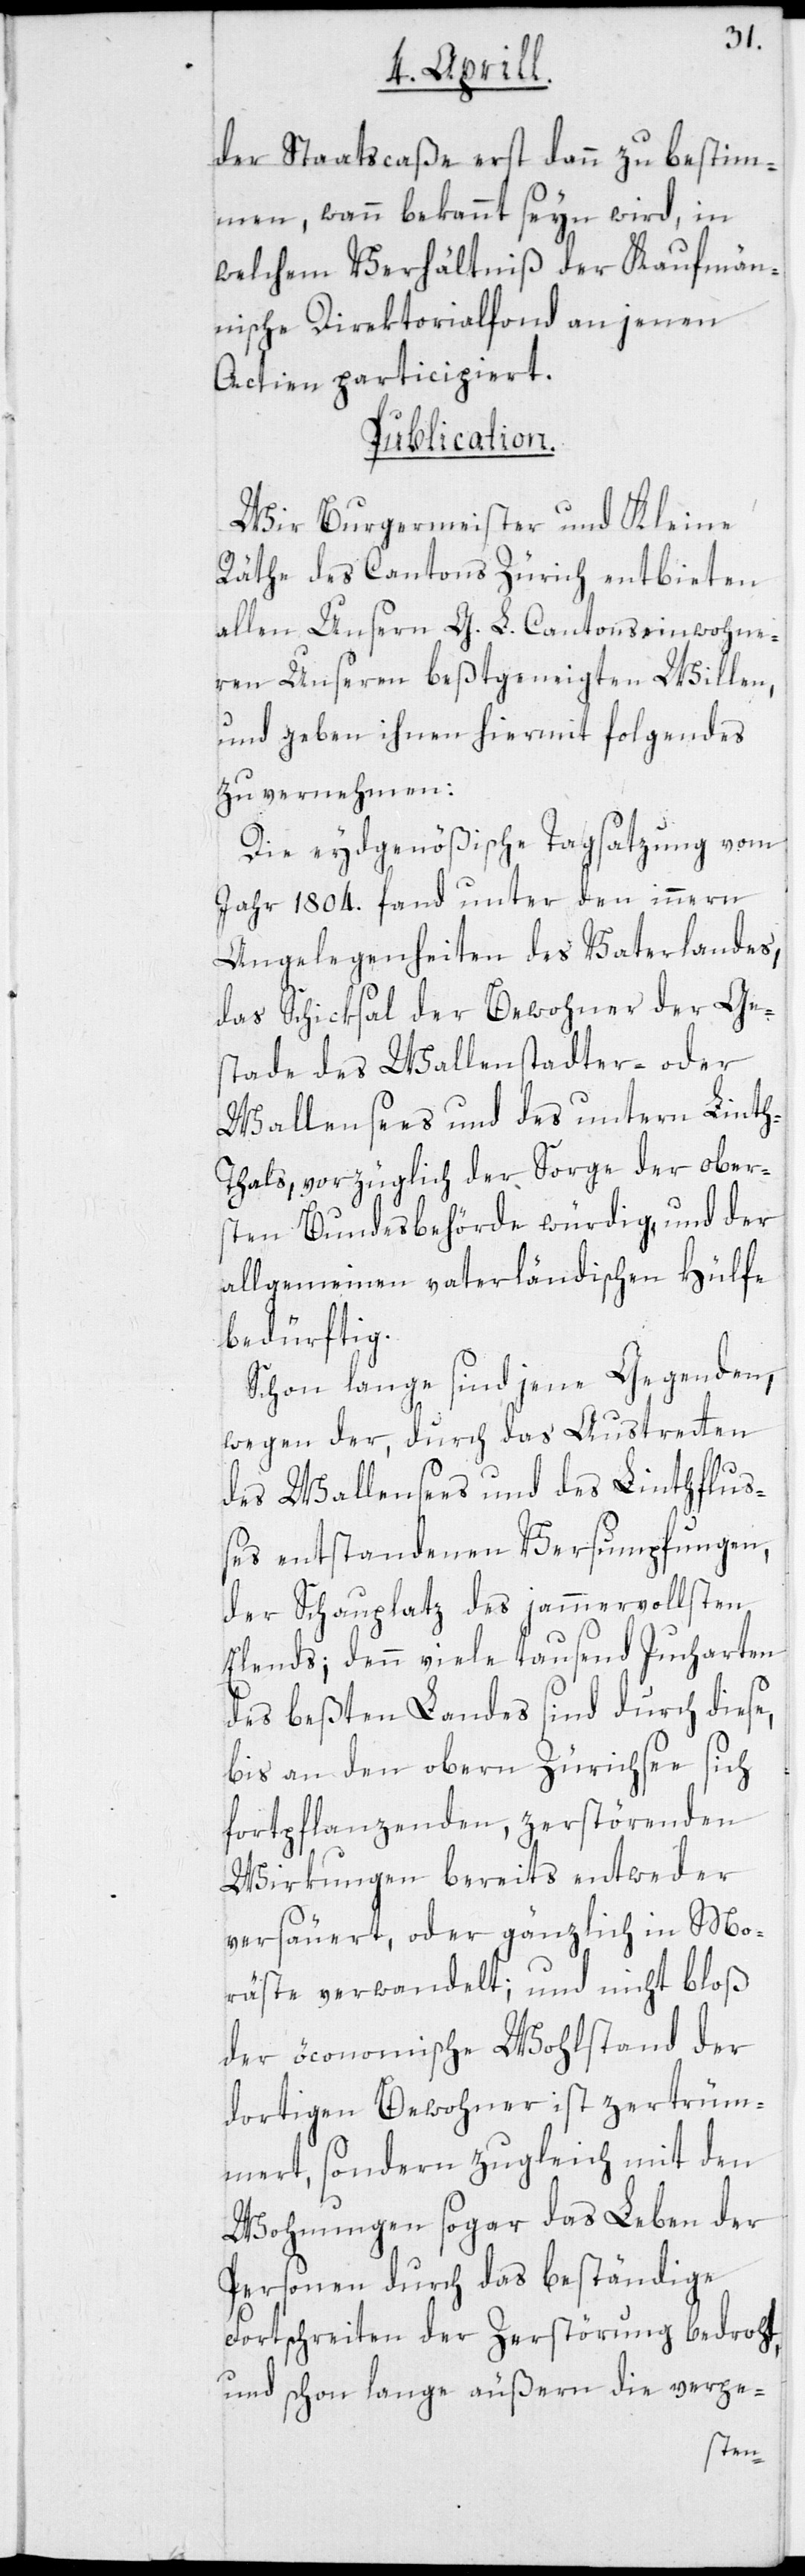
der Staatscaße erst dann zu bestim¬
men, wann bekannt seyn wird, in
welchem Verhältniß der Kaufmän¬
nische Direktorialfond an jenen
Actien participiert.
Publication.
Wir Burgermeister und Kleine
Räthe des Cantons Zürich entbieten
allen Unsern G. L. Cantonseinwohne¬
ren Unseren beßtgeneigten Willen,
und geben ihnen hiermit folgendes
zu vernehmen:
Die eydgenößische Tagsatzung vom
Jahr 1804. fand unter den innern
Angelegenheiten des Vaterlandes,
das Schicksal der Bewohner der Ge¬
stade des Wallenstadter- oder
Wallensees und des untern Lint¬
h-Thals, vorzüglich der Sorge der ober¬
sten Bundesbehörde würdig, und der
allgemeinen vaterländischen Hülfe
bedürftig.
Schon lange sind jene Gegenden,
wegen der, durch das Austretten
des Wallensees und des Linthflus¬
ses entstandenen Versumpfungen,
der Schauplatz des jammervollsten
Elends; denn viele tausend Jucharten
des beßten Landes sind durch diese,
bis an den obern Zürichsee sich
fortpflanzenden, zerstörenden
Wirkungen bereits entweder
versäuert oder gänzlich in Mo¬
räste verwandelt; und nicht bloß
der öconomische Wohlstand der
dortigen Bewohner ist zertrüm¬
mert, sondern zugleich mit den
Wohnungen sogar das Leben der
Personen durch das beständige
Fortschreiten der Zerstörung bedroht,
und schon lange äußern die verpe-